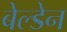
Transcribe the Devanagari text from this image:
बेल्डेन